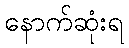
နောက်ဆုံးရ